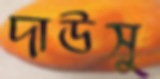
দাউসু